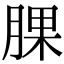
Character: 腂